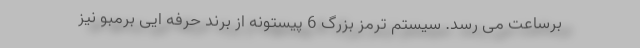
برساعت می رسد. سیستم ترمز بزرگ 6 پیستونه از برند حرفه ایی برمبو نیز